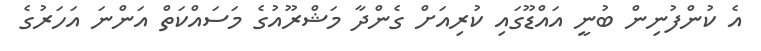
އެ ކުންފުނިން ބުނީ އައްޑޫގައި ކުރިއަށް ގެންދާ މަޝްރޫއުގެ މަސައްކަތް އަންނަ އަހަރުގެ